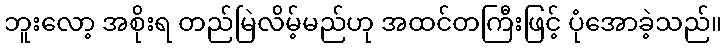
ဘူးလော့ အစိုးရ တည်မြဲလိမ့်မည်ဟု အထင်တကြီးဖြင့် ပုံအောခဲ့သည်။